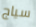
سياج